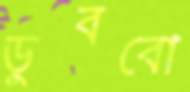
ডুববো